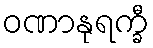
ဝဏာနုရက္ခီ